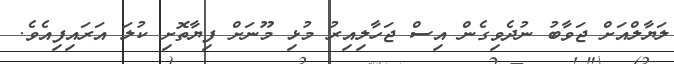
ލަޔާލްއަށް ޖަވާބު ނުދެވިގެން އިސް ޖަހާލިއިރު މުޅި މޫނަށް ފިޔާތޮށި ކުލަ އަރައިފިއެވެ.